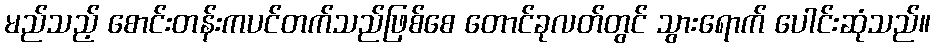
မည်သည့် စောင်းတန်းကပင်တက်သည်ဖြစ်စေ တောင်ခုလတ်တွင် သွားရောက် ပေါင်းဆုံသည်။